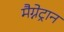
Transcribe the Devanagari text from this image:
मैग्नेट्रान